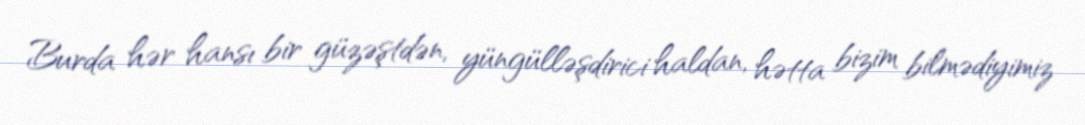
Burda hər hansı bir güzəştdən, yüngülləşdirici haldan, hətta bizim bilmədiyimiz